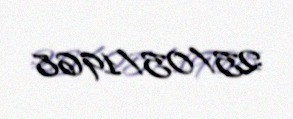
25/05/1968